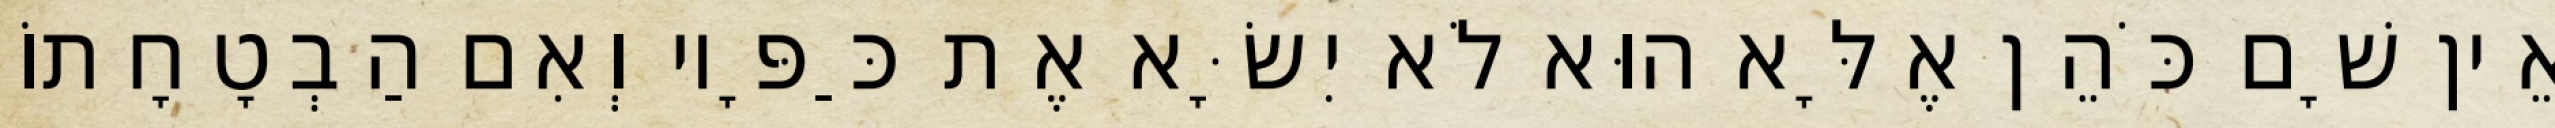
אֵין שָׁם כֹּהֵן אֶלָּא הוּא לֹא יִשָּׂא אֶת כַּפָּיו וְאִם הַבְטָחָתוֹ